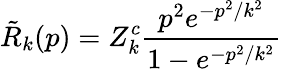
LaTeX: \tilde{R}_{k}(p)=Z_{k}^{c}\frac{p^{2}e^{-p^{2}/k^{2}}}{1-e^{-p^{2}/k^{2}}}